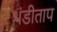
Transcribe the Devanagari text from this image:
थंडीताप